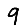
Digit: 9